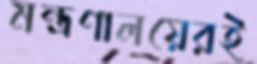
মন্ত্রণালয়েরই